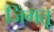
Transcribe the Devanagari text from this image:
जिंगतू